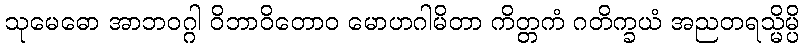
သုမေဓော အာဘဝဂ္ဂါ ဝိဘာဝိတောဝ မောဟဂါမိတာ ကိတ္တကံ ဂတိက္ခယံ အညတရသ္မိမ္ပိ